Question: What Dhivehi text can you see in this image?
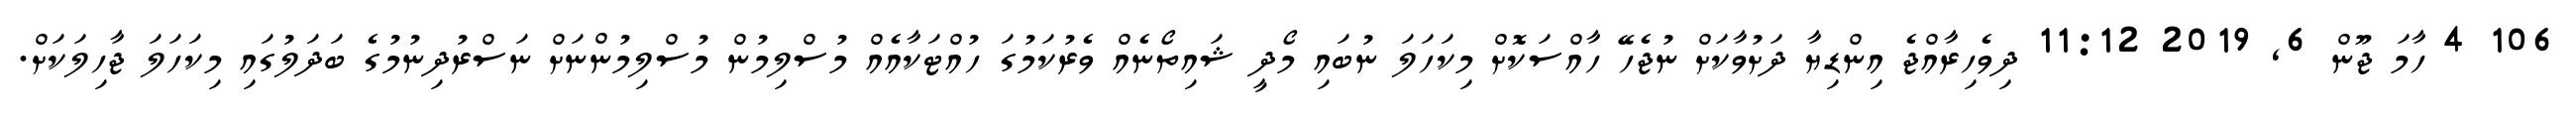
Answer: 106 4 ހާމަ ޖޫން 6, 2019 11:12 ދިވެހިރާއްޖެ އިންޑިޔާ ދަށުވާކަށް ނުޖެހޭ ހާއްސަކޮށް މިކަހަލަ ނުބައި މޯދީ ޝައިތޯނެއް ވެރުކަމުގަ ހުއްޓަކާއެއް މުސްލިމުން މުސްލިމުންނަށް ނަސްރުދިނުމުގެ ބަދަލުގައި މިކަހަލަ ޖާހިލަކަށް.